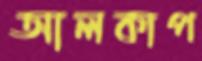
আলকাপ